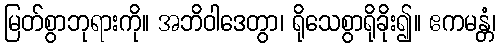
မြတ်စွာဘုရားကို။ အဘိဝါဒေတွာ၊ ရိုသေစွာရိုခိုး၍။ ဧကမန္တံ၊